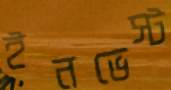
ইনভেস্ট